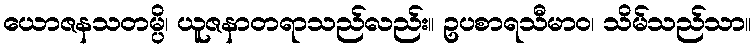
ယောဇနသတမ္ပိ၊ ယူဇနာတရာသည်လည်း။ ဥပစာရသီမာဝ၊ သိမ်သည်သာ။